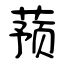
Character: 蓣